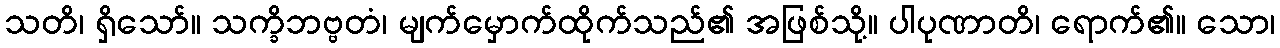
သတိ၊ ရှိသော်။ သက္ခိဘဗ္ဗတံ၊ မျက်မှောက်ထိုက်သည်၏ အဖြစ်သို့။ ပါပုဏာတိ၊ ရောက်၏။ သော၊